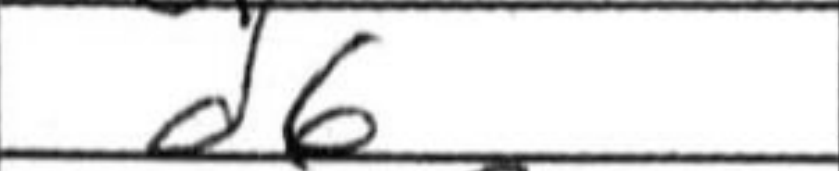
Transcription: d6